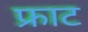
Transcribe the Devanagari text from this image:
फ्राट